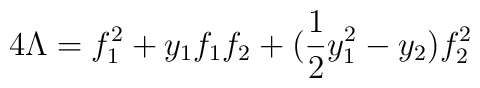
4 \Lambda = f_1^2 + y_1 f_1 f_2 + (\frac{1}{2} y^2_1 - y_2) f_2^2